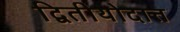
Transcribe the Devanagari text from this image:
द्वितीयोदात्त